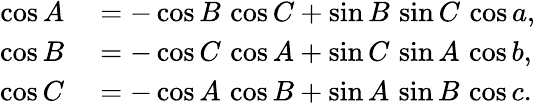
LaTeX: \begin{array}{rl}{\cos A}&{{}=-\cos B\, \cos C+\sin B\, \sin C\, \cos a,}\\ {\cos B}&{{}=-\cos C\, \cos A+\sin C\, \sin A\, \cos b,}\\ {\cos C}&{{}=-\cos A\, \cos B+\sin A\, \sin B\, \cos c.}\end{array}